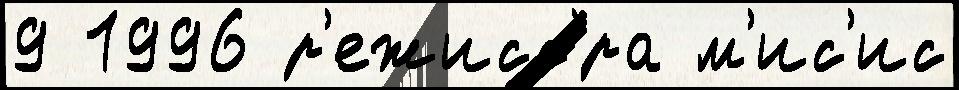
9 1996 р'ежисс'́ра м'ис'ис